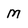
Character: M